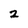
Character: 2